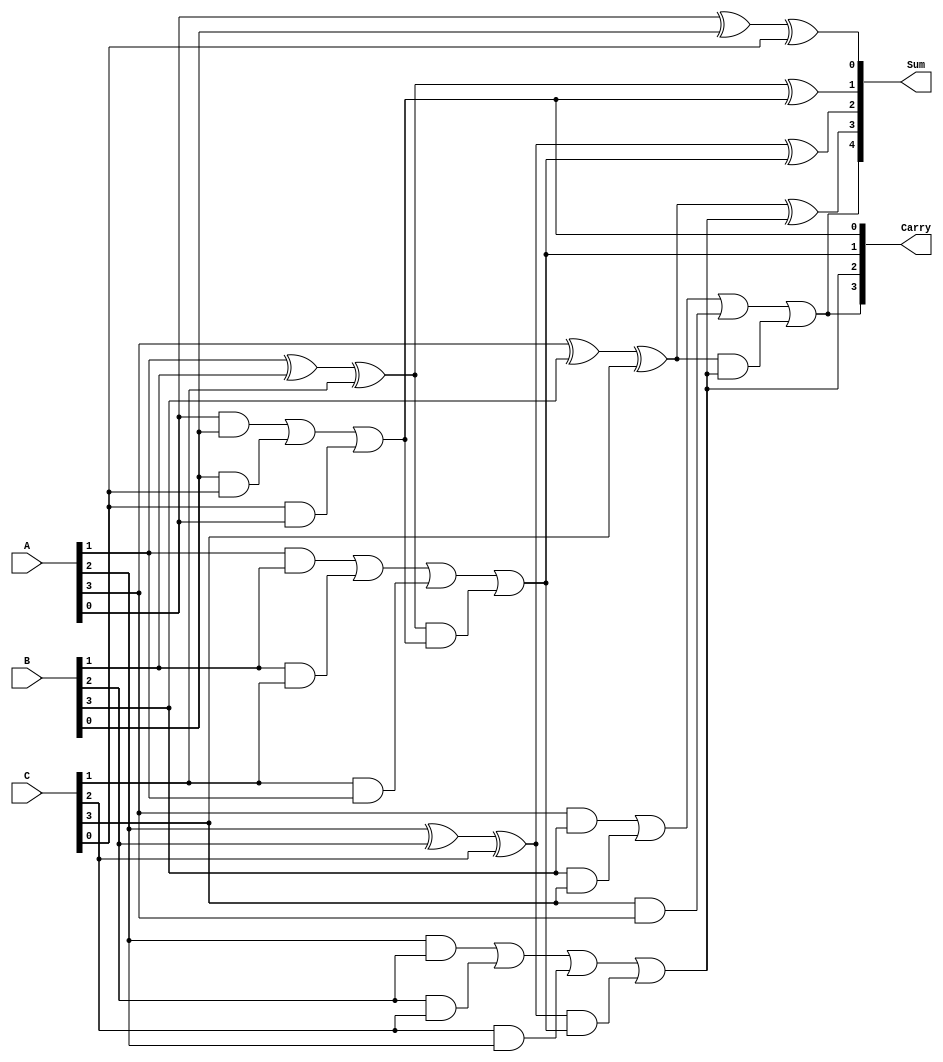
module carry_save_adder #(parameter n = 4) (
    input  [n-1:0] A,  // First input vector
    input  [n-1:0] B,  // Second input vector
    input  [n-1:0] C,  // Third input vector
    output [n:0] Sum,   // Final sum output (n bits + carry out)
    output [n-1:0] Carry // Carry output vector
);

    // Intermediate sum and carry arrays
    wire [n-1:0] sum_intermediate [0:n-1];
    wire [n-1:0] carry_intermediate [0:n-1];

    // Full adder logic
    genvar i;
    generate
        for (i = 0; i < n; i = i + 1) begin : full_adder_array
            // Full adder for each bit position
            wire sum1, carry1, sum2, carry2;

            // First full adder for A[i], B[i], and C[i]
            assign sum1 = A[i] ^ B[i] ^ C[i];
            assign carry1 = (A[i] & B[i]) | (B[i] & C[i]) | (C[i] & A[i]);

            // Store intermediate results
            assign sum_intermediate[i] = sum1;
            assign carry_intermediate[i] = carry1;
        end
    endgenerate

    // Final stage to combine intermediate sums and carries
    wire [n-1:0] final_sum;
    wire [n-1:0] final_carry;

    generate
        for (i = 0; i < n; i = i + 1) begin : final_stage
            if (i == 0) begin
                // For the first bit, just take the sum and carry
                assign final_sum[i] = sum_intermediate[i];
                assign final_carry[i] = carry_intermediate[i];
            end else begin
                // For subsequent bits, add the carry from the previous stage
                assign final_sum[i] = sum_intermediate[i] ^ final_carry[i-1];
                assign final_carry[i] = carry_intermediate[i] | (sum_intermediate[i] & final_carry[i-1]);
            end
        end
    endgenerate

    // Final carry out
    assign Sum = {final_carry[n-1], final_sum}; // Concatenate carry out with final sum
    assign Carry = final_carry;

endmodule